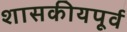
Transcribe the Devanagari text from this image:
शासकीयपूर्व